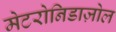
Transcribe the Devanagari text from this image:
मेटरोनिडाज़ोल